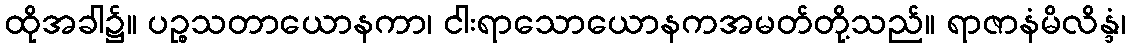
ထိုအခါ၌။ ပဉ္စသတာယောနကာ၊ ငါးရာသောယောနကအမတ်တို့သည်။ ရာဇာနံမိလိန္ဒံ၊